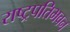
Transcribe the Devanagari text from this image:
राष्ट्रपतिभवन